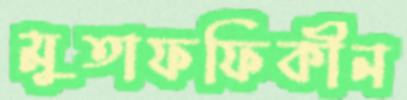
মুতাফফিকীন